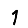
Digit: 1